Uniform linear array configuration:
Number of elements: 64
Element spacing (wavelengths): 0.5
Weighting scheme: uniform
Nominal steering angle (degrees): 60
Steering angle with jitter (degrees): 58.605
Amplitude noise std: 0.05
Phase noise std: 0.05

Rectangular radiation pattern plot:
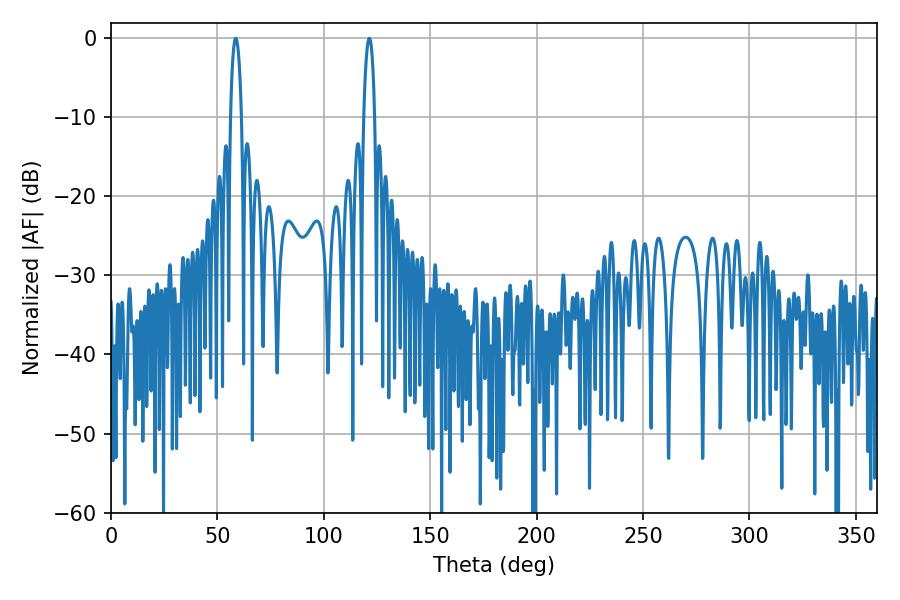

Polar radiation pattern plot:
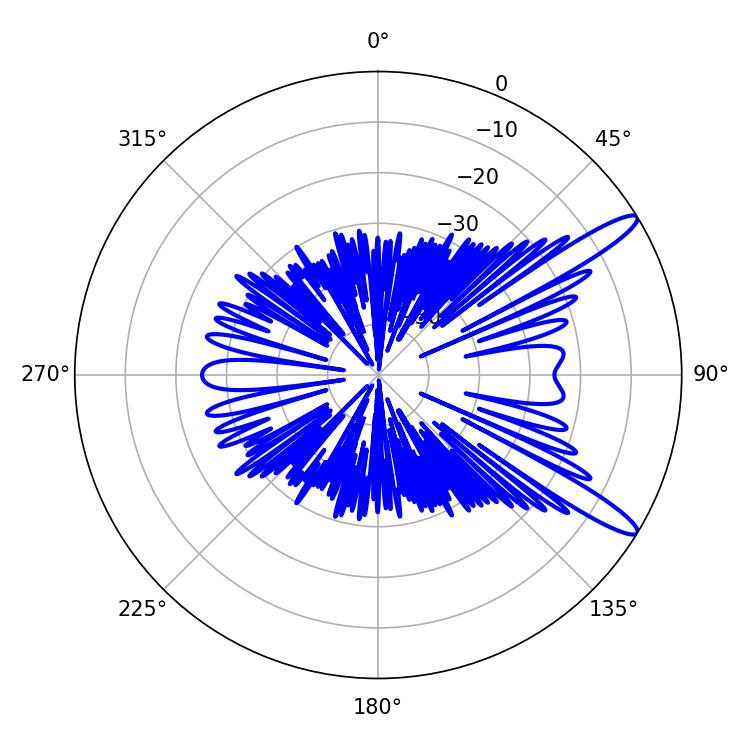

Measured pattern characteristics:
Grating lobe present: FALSE
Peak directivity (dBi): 12.964
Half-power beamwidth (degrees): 2.88
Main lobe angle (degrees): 58.68